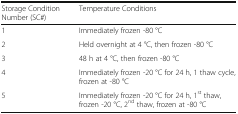
| Storage Condition Number (SC#) | Temperature Conditions |
 | --- | --- |
 | 1 | Immediately frozen -80 °C |
 | 2 | Held overnight at 4 °C, then frozen -80 °C |
 | 3 | 48 h at 4 °C, then frozen -80 °C |
 | 4 | Immediately frozen -20 °C for 24 h, 1 thaw cycle, frozen at -80 °C |
 | 5 | Immediately frozen -20 °C for 24 h, 1st thaw, frozen -20 °C, 2nd thaw, frozen at -80 °C |